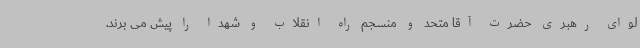
لوای رهبری حضرت آقا متحد و منسجم راه انقلاب و شهدا را پیش می برند.